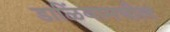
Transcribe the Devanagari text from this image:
डाळिंबामधील